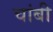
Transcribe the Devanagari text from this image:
चांबी